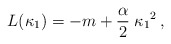
\begin{align*}L (\kappa_1 ) = - m + {\alpha \over 2} \; \kappa_1{}^2 \,,\end{align*}